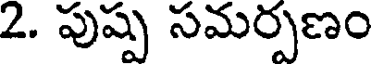
2. పుష్ప సమర్పణం